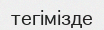
тегімізде